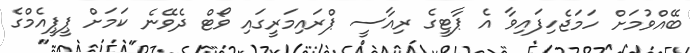
ބޭއްވުމަށް ހަމަޖެހިފައިވާ އެ ޕާޓީގެ ރިއާސީ ޕްރައިމަރީގައި ވޯޓް ދެވޭނެ ކަމަށް ޕީޕީއެމްގެ